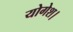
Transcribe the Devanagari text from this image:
योगेश।